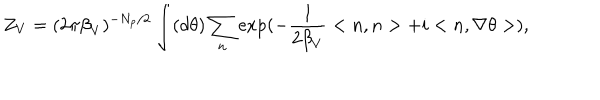
Z _ { V } = ( 2 \pi { \beta } _ { V } ) ^ { - N _ { p } / 2 } \int ( d \theta ) \sum _ { n } \exp ( - \frac { 1 } { 2 { \beta } _ { V } } < n , n > + i < n , \nabla \theta > ) ,